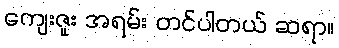
ကျေးဇူး အရမ်း တင်ပါတယ် ဆရာ။